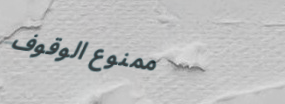
ممنوع الوقوف